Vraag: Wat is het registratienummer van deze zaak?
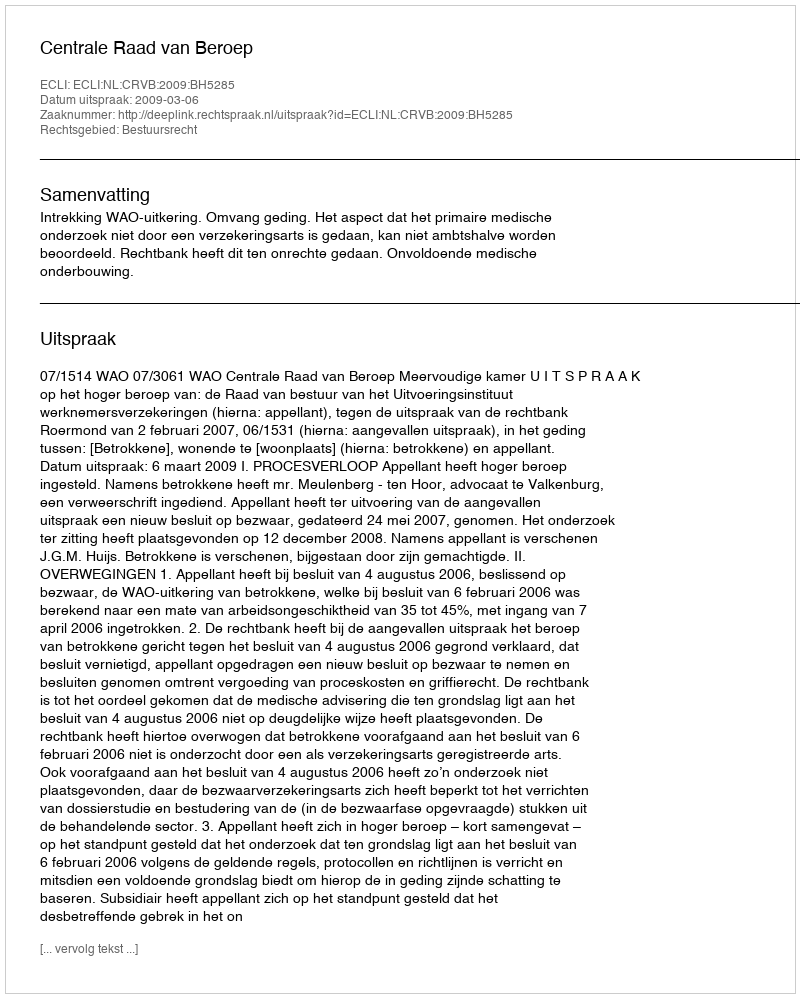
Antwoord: http://deeplink.rechtspraak.nl/uitspraak?id=ECLI:NL:CRVB:2009:BH5285